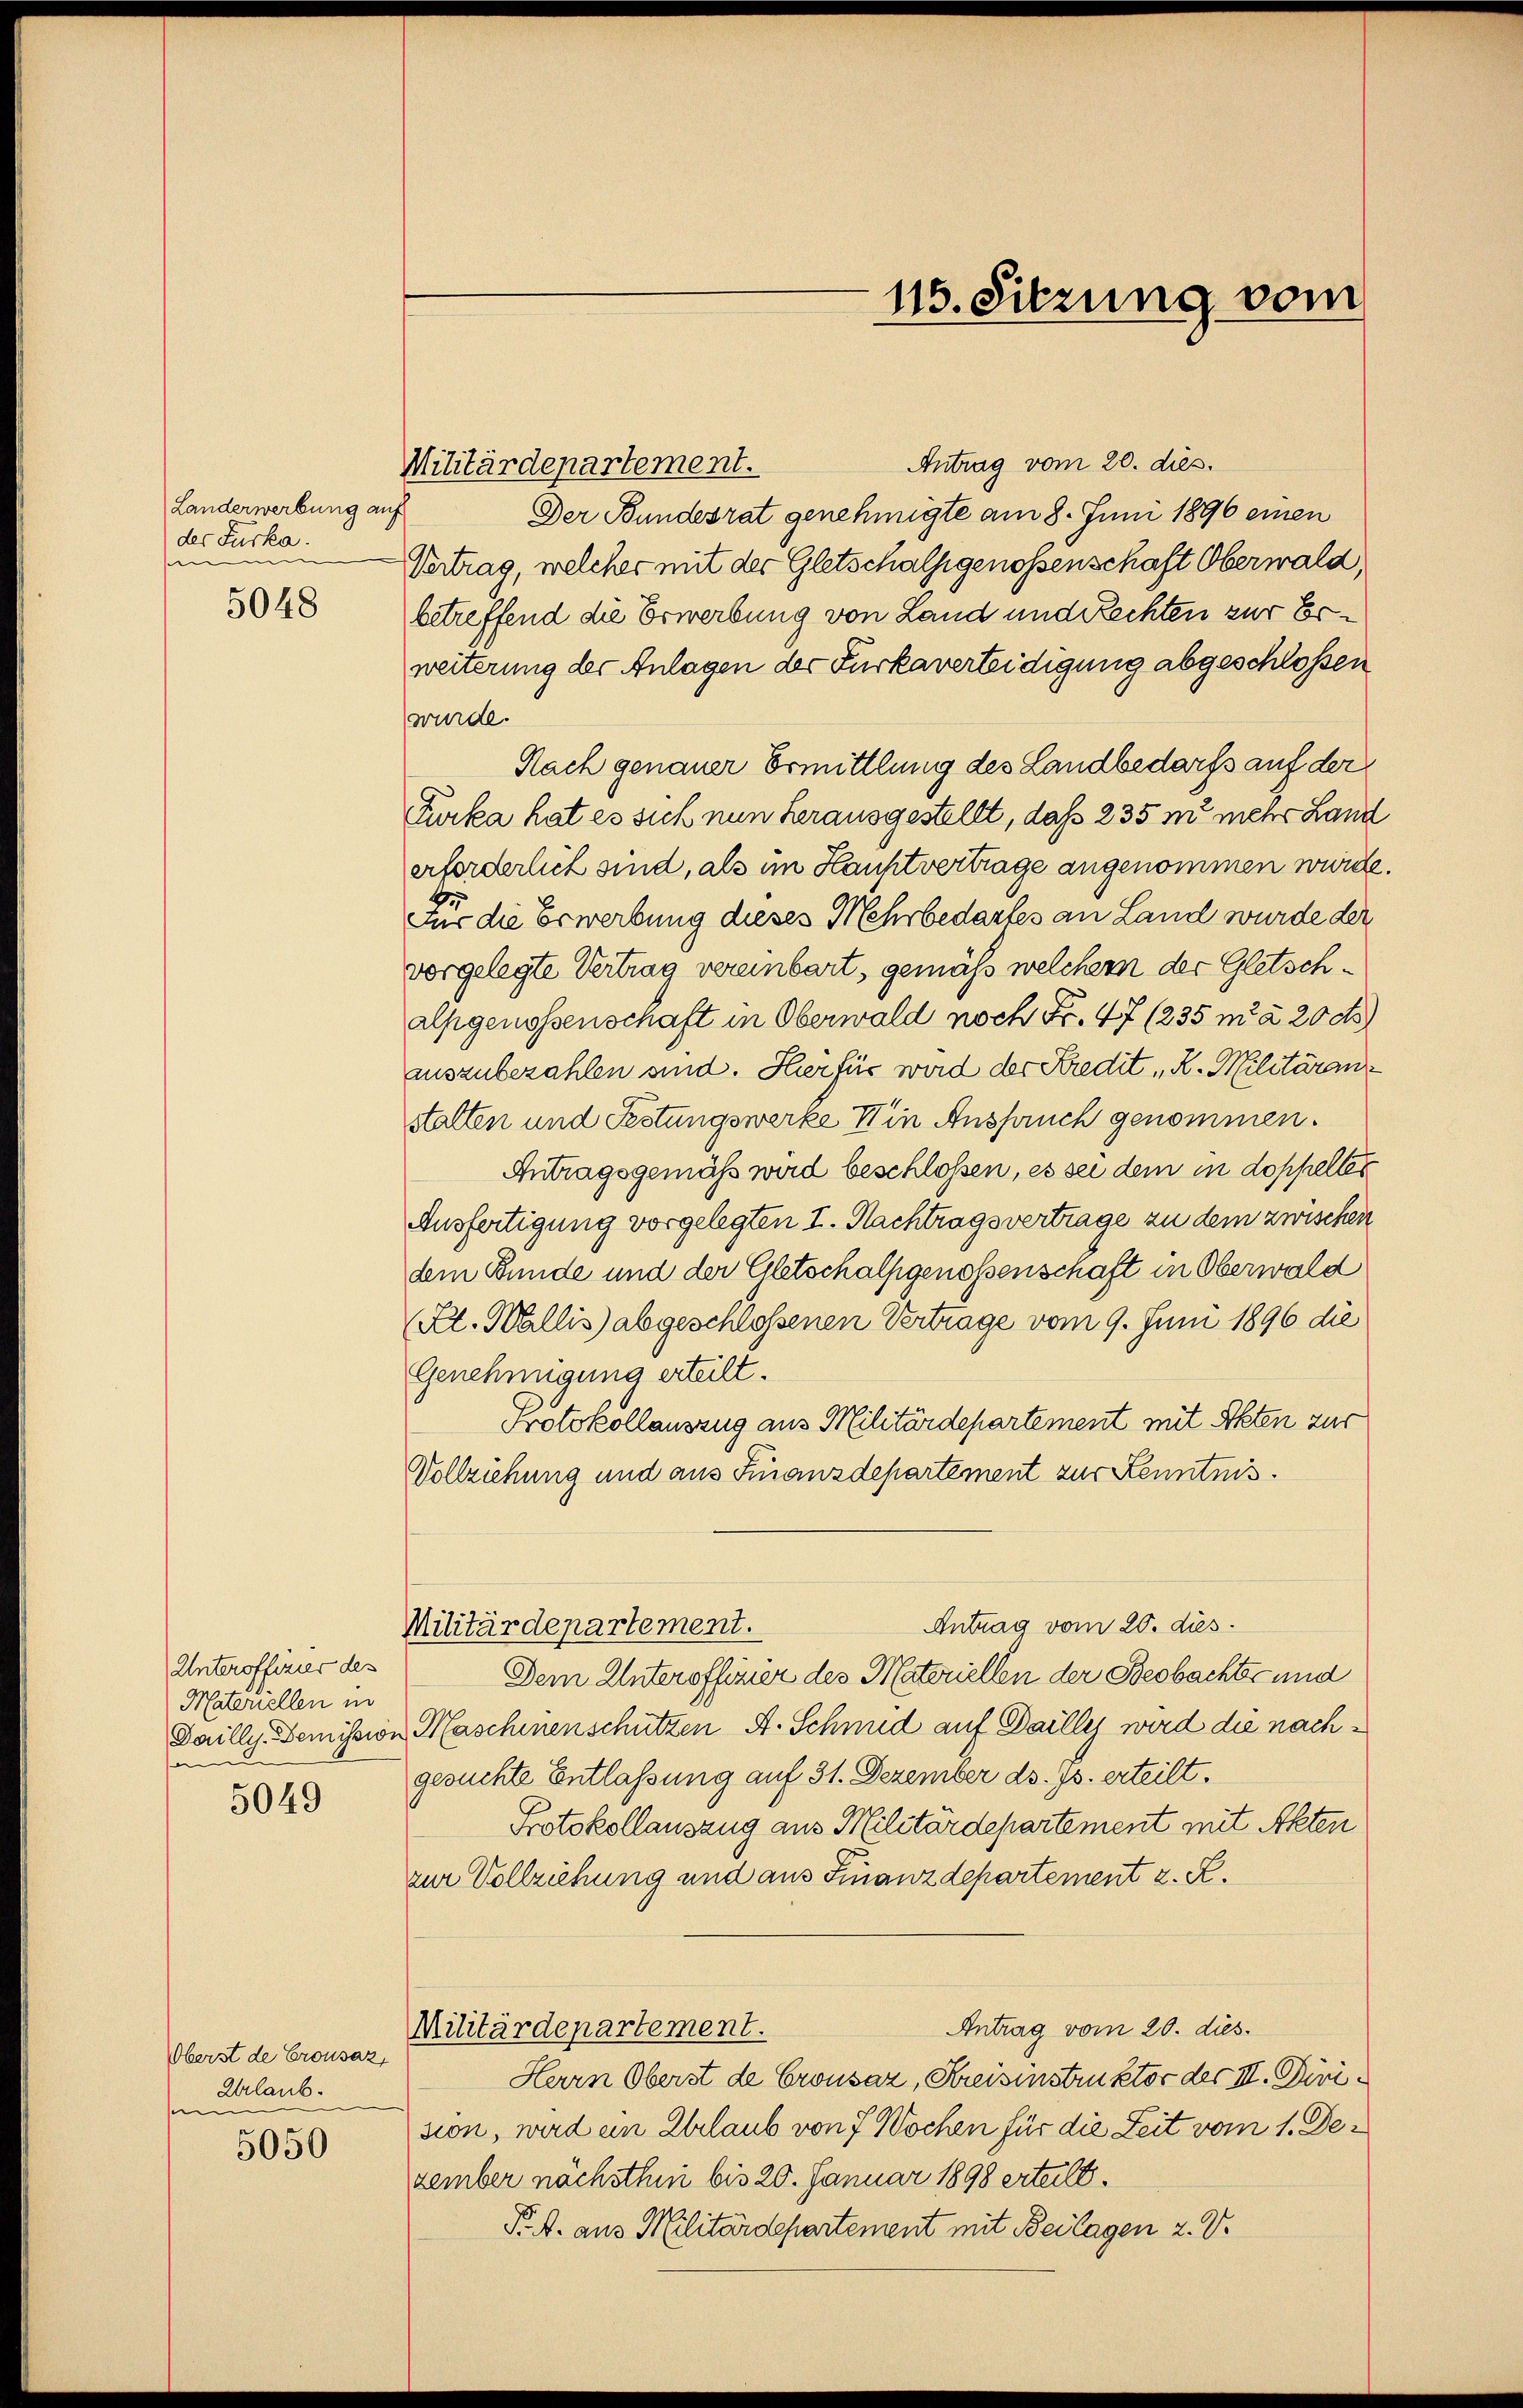
Landerwerbung an.
des Furka.
e
5048

Unteroffizier des
Materiellen in
Dailly. Demissio
e

5049

Oberst de Crousaz,
Urlaub.
m

5050

Militärdepartement.

Antrag vom 20. dies.
Der Bundesrat genehmigte am 8. Juni 1896 einen
Vertrag, welcher mit der Gletschalfgenossenschaft Oberwald
betreffend die Erwerbung von Land und Rechten zur Erweiterung der Anlagen der Furkaverteidigung abgeschlossen
wurde.
Nach genauer Ermittlung des Landbedarfs auf der
Furka hat es sich nun herausgestellt, daß 235 m mehr Land
erforderlich sind, als im Hauptvertrage angenommen wurde
4
Für die Erwerbung dieses Mehrbedarfes an Land wurde der
vorgelegte Vertrag vereinbart, gemäß welchem der Gletsch¬
Alpgenossenschaft in Oberwald noch Fr. 47 (235 m à 20 d
auszubezahlen und. Hier für wird der Kredit, R. Militäran
stalten und Festungswerke in Anspruch genommen.
Antragsgemäß wird beschloßen, es sei dem in doppeller
Ausfertigung vorgelegten I. Nachtragsvertrage zu dem zwischen
dem Bunde und der Gletschalpgenossenschaft in Oberwald
Kl. Wallis abgeschlossenen Vertrage vom 9. Juni 1896 die
Genehmigung erteilt.
Protokollauszug aus Militärdepartement mit Akten zur
Vollziehung und aus Finanzdepartement zur Kenntnis.
Antrag vom 20. dies
Militärdepartement.
Dem Unteroffizier des Materiellen der Beobachter und
Maschinenschützen A. Schmid auf Dailles wird die nachgesuchte Entlaßung auf 31. Dezember ds. Js. erteilt.
Protokollauszug aus Militärdepartement mit Akten
zur Vollziehung und aus Finanzdepartement z. R.
Antrag vom 20. dies
Militärdepartement.
Herrn Oberst de Crousaz, Kreisinstruktor des III. Dirision, wird in Erlaub von 7 Wochen für die Zeit vom 1. Dezember nachsthni bis 20. Januar 1898 erteilt.
Pr. A. aus Militärdepartement mit Beilagen 2. V.

115. Sitzung vom